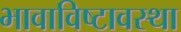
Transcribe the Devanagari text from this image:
भावाविष्टावस्था